Vaccination in Bombay 1874-1876 - 1874-1876
Year: 1874
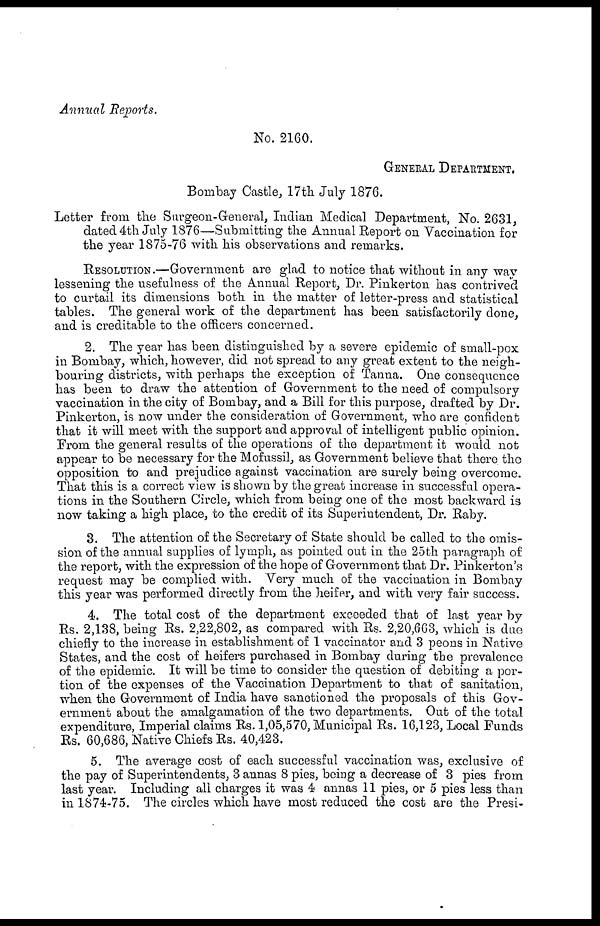
Annual Reports.
No. 2160.
GENERAL DEPARTMENT.
Bombay Castle, 17th July 1876.
Letter from the Surgeon-General, Indian Medical Department, No. 2631,
dated 4th July 1876—Submitting the Annual Report on Vaccination for
the year 1875-76 with his observations and remarks.
RESOLUTION.—Government are glad to notice that without in any way
lessening the usefulness of the Annual Report, Dr. Pinkerton has contrived
to curtail its dimensions both in the matter of letter-press and statistical
tables. The general work of the department has been satisfactorily done,
and is creditable to the officers concerned.
2. The year has been distinguished by a severe epidemic of small-pox
in Bombay, which, however, did not spread to any great extent to the neigh-
bouring districts, with perhaps the exception of Tanna. One consequence
has been to draw the attention of Government to the need of compulsory
vaccination in the city of Bombay, and a Bill for this purpose, drafted by Dr.
Pinkerton, is now under the consideration of Government, who are confident
that it will meet with the support and approval of intelligent public opinion.
From the general results of the operations of the department it would not
appear to be necessary for the Mofussil, as Government believe that there the
opposition to and prejudice against vaccination are surely being overcome.
That this is a correct view is shown by the great increase in successful opera-
tions in the Southern Circle, which from being one of the most backward is
now taking a high place, to the credit of its Superintendent, Dr. Raby.
3. The attention of the Secretary of State should be called to the omis-
sion of the annual supplies of lymph, as pointed out in the 25th paragraph of
the report, with the expression of the hope of Government that Dr. Pinkerton's
request may be complied with. Very much of the vaccination in Bombay
this year was performed directly from the heifer, and with very fair success.
4. The total cost of the department exceeded that of last year by
Rs. 2,138, being Rs. 2,22,802, as compared with Rs. 2,20,663, which is due
chiefly to the increase in establishment of 1 vaccinator and 3 peons in Native
States, and the cost of heifers purchased in Bombay during the prevalence
of the epidemic. It will be time to consider the question of debiting a por-
tion of the expenses of the Vaccination Department to that of sanitation,
when the Government of India have sanctioned the proposals of this Gov-
ernment about the amalgamation of the two departments. Out of the total
expenditure, Imperial claims Rs. 1,05,570, Municipal Rs. 16,123, Local Funds
Rs. 60,686, Native Chiefs Rs. 40,423.
5. The average cost of each successful vaccination was, exclusive of
the pay of Superintendents, 3 annas 8 pies, being a decrease of 3 pies from
last year. Including all charges it was 4 annas 11 pies, or 5 pies less than
in 1874-75. The circles which have most reduced the cost are the Presi¬